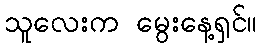
သူလေးက မွေးနေ့ရှင်။